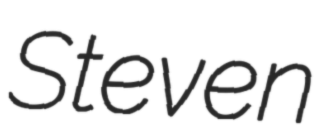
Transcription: Steven